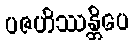
ပဇဟိဿန္တိပေ